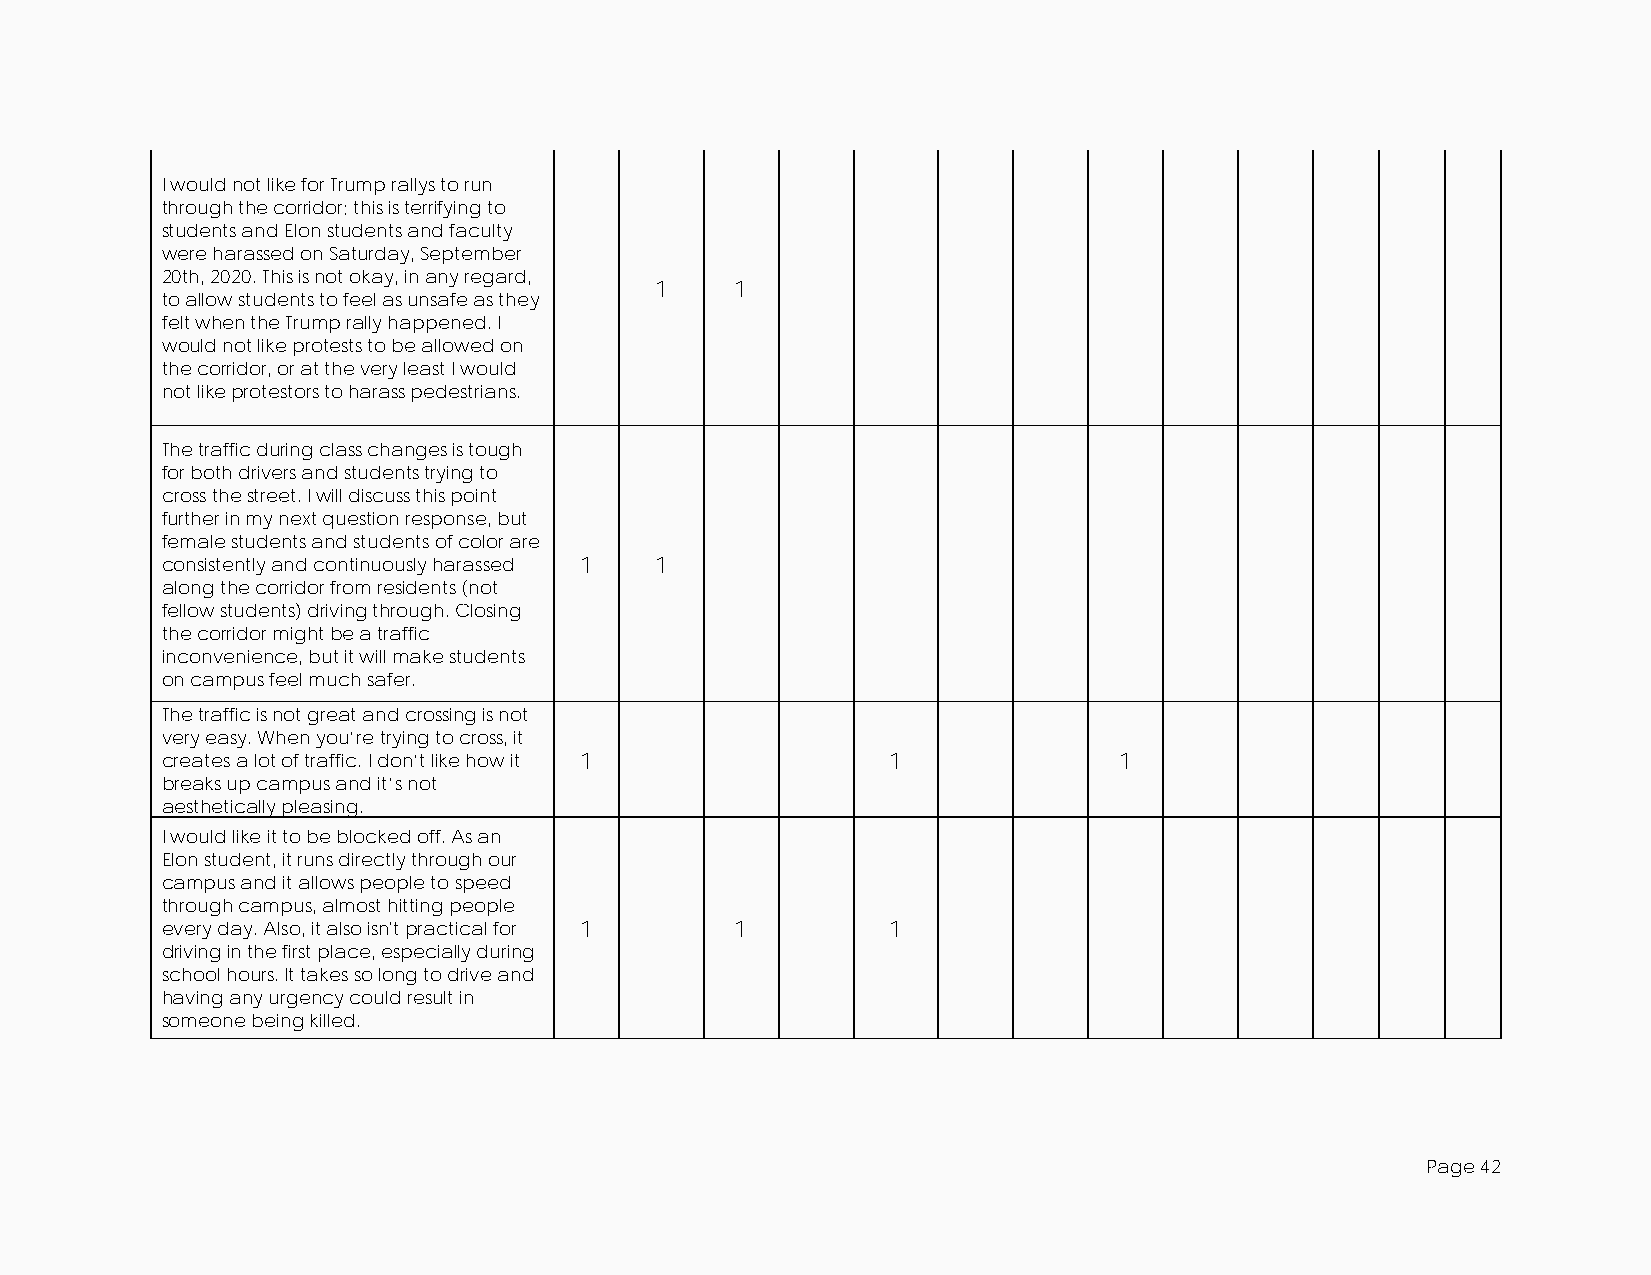
I would not like for Trump rallys to run
 through the corridor; this is terrifying to
 students and Elon students and faculty
 were harassed on Saturday, September
 20th, 2020. This is not okay, in any regard,
 1     1
 to allow students to feel as unsafe as they
 felt when the Trump rally happened. I
 would not like protests to be allowed on
 the corridor, or at the very least I would
 not like protestors to harass pedestrians.
 The traffic during class changes is tough
 for both drivers and students trying to
 cross the street. I will discuss this point
 further in my next question response, but
 female students and students of color are
 consistently and continuously harassed 1 1
 along the corridor from residents (not
 fellow students) driving through. Closing
 the corridor might be a traffic
 inconvenience, but it will make students
 on campus feel much safer.
 The traffic is not great and crossing is not
 very easy. When you’re trying to cross, it
 creates a lot of traffic. I don’t like how it 1 1              1
 breaks up campus and it’s not
 aesthetically pleasing.
 I would like it to be blocked off. As an
 Elon student, it runs directly through our
 campus and it allows people to speed
 through campus, almost hitting people
 every day. Also, it also isn't practical for 1 1 1
 driving in the first place, especially during
 school hours. It takes so long to drive and
 having any urgency could result in
 someone being killed.
 Page 42